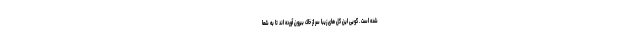
شده است . گویی این گل های زیبا سر از خاک بیرون آورده اند تا به شما